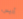
أليس